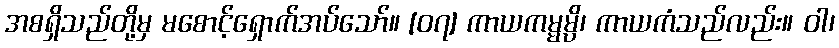
အစရှိသည်တို့မှ မစောင့်ရှောက်အပ်သော်။ [၀၇] ကာယကမ္မမ္ပိ၊ ကာယကံသည်လည်း။ ဝါ၊